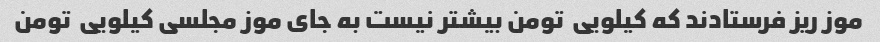
موز ریز فرستادند که کیلویی  تومن بیشتر نیست به جای موز مجلسی کیلویی  تومن